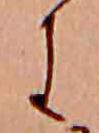
に